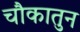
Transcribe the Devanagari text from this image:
चौकातुन